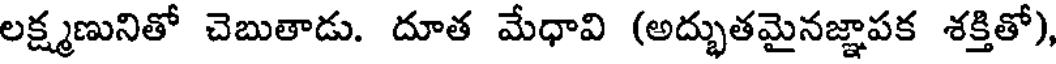
లక్ష్మణునితో చెబుతాడు. దూత మేధావి (అద్భుతమైనజ్ఞాపక శక్తితో),